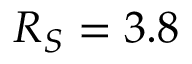
R _ { S } = 3 . 8